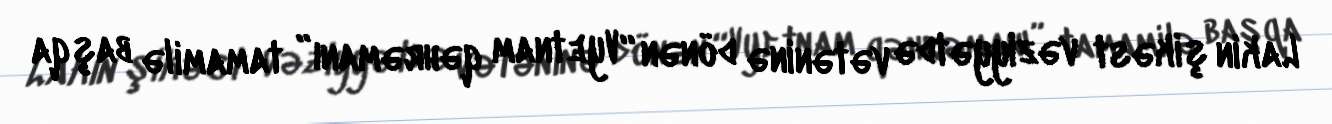
Lakin şikəst vəziyyətdə vətəninə dönən “Vyetnam qəhrəmanı” tamamilə başqa